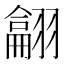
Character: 𦒈